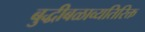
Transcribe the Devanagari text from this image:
बुद्धीबळाव्यतिरिक्त